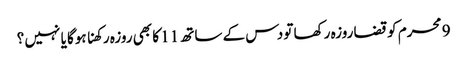
9 محرم کو قضا روزہ رکھا تو دس کے ساتھ 11 کا بھی روزہ رکھنا ہوگا یا نہیں ؟